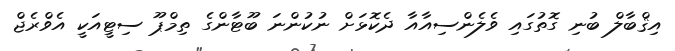
އިޤްބާލް ބުނި ގޮތުގައި ވެލެންސިއާއާ ދެކޮޅަށް ނުކުންނަ ބޫޓާންގެ ތިމްޕޫ ސިޓީއަކީ އެވްރެޖް